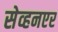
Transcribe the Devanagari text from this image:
सेव्हनएर